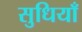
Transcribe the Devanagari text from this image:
सुधियाँ